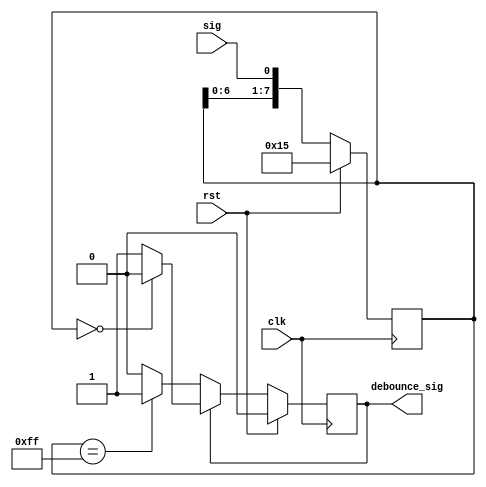
module DEBOUNCE#(
    parameter   LENGTH = 8
    )
(
    input clk, 
    input rst, 
    input sig, 
    output debounce_sig
    );


    reg[LENGTH-1:0] shift_reg=21;
    reg debounce_sig_r0=1'b0;
    assign debounce_sig=debounce_sig_r0;

    always@(posedge clk) begin
        if(rst) begin
            shift_reg <= 21;
            debounce_sig_r0=1'b0;
        end else begin
            shift_reg <= {shift_reg[LENGTH-2:0], sig};
            if(debounce_sig_r0==1'b0)begin
                if(shift_reg=={LENGTH{1'b1}})begin
                    debounce_sig_r0<=1'b1;
                end
            end else begin
                if(shift_reg=={LENGTH{1'b0}})begin
                    debounce_sig_r0<=1'b0;
                end
            end
        end
    end

endmodule